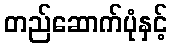
တည်ဆောက်ပုံနှင့်